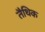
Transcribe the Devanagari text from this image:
तैथिक